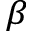
_ { \beta }